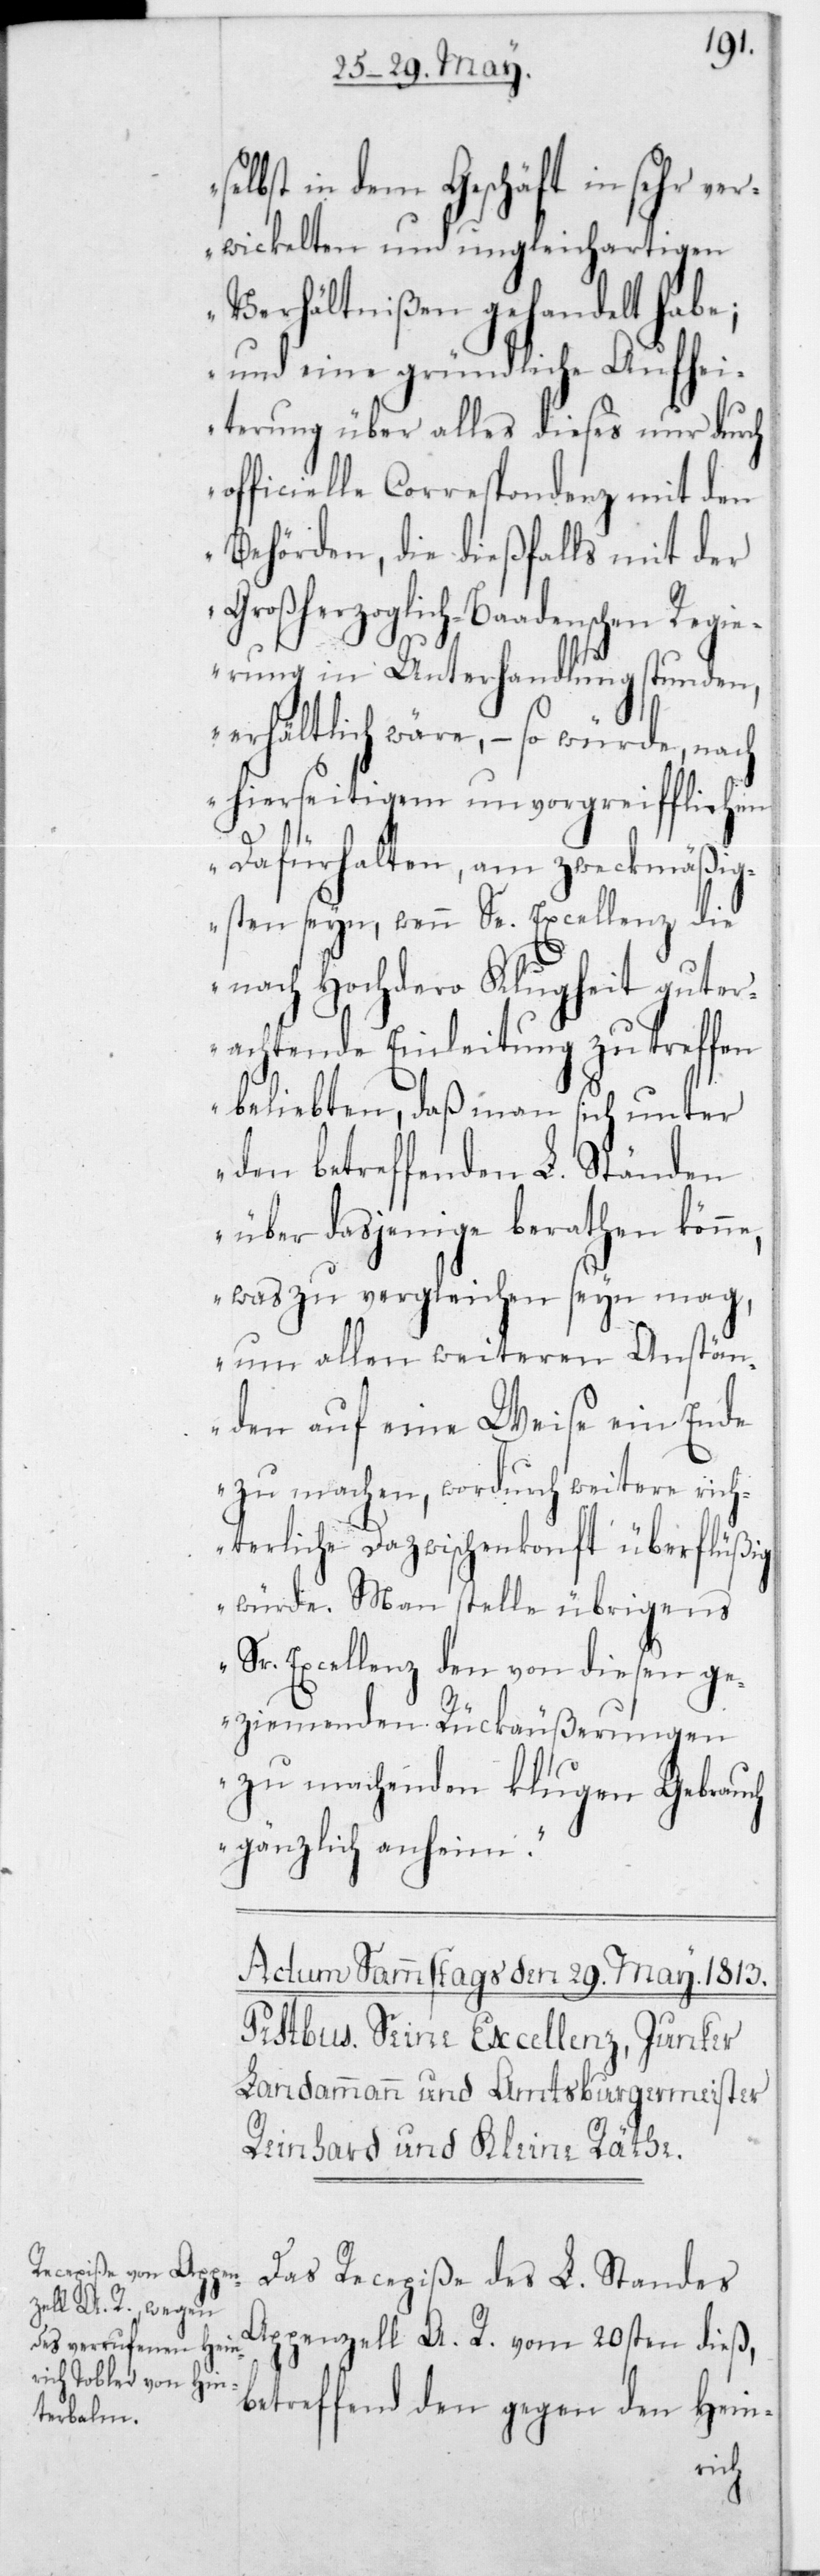
selbst in dem Geschäft in sehr
verwickelten und ungleichartigen
Verhältnißen gehandelt
und eine gründliche Aufhei¬
terung über alles dieses nur durch
officielle Correspondenz mit den
Behörden, die dießfalls mit der
Großherzoglich-Baadenschen Regi¬
erung in Unterhandlung stunden,
erhältlich wäre, – so würde nach
hierseitigem unvorgreifflichem
Dafürhalten, am zweckmäßig¬
sten seyn, wenn Se. Excellenz die
nach Hochdero Klugheit gut er¬
achtende Einleitung zu treffen
belieben, daß man sich unter
den betreffenden L. Ständen
über dasjenige berathen könn¬
e, was zu vergleichen seyn mag,
um allen weiteren Anstän¬
den auf eine Weise ein Ende
zu machen, wordurch weitere rich¬
terliche Dazwischenkonft überflüßig
würde. Man stelle übrigens
Sr. Excellenz den von diesen ge¬
ziemenden Rückäußerungen
zu machenden klugen Gebrauch
gänzlich anheim“.
Das Recepiße des L. Standes
Appenzell A. R. vom 20sten dieß,
betreffend den gegen den Hein-